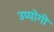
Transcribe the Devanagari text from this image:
उप्योगी